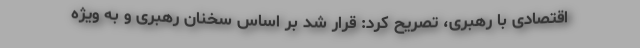
اقتصادی با رهبری، تصریح کرد: قرار شد بر اساس سخنان رهبری و به ویژه